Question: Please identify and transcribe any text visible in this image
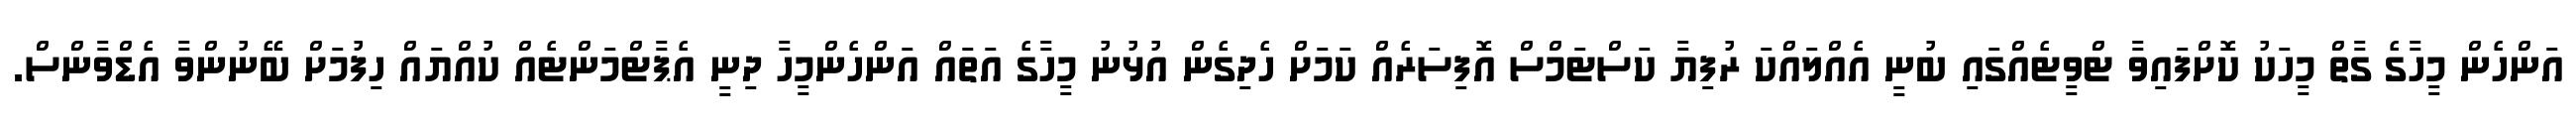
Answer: އަންހެން މީހާގެ ގާތް މީހަކު ކޮށްފައިވާ ޓްވީޓެއްގައި ބުނީ އެއްލައްކަ ރުފިޔާ ކަސްޓަމްސް އޮފިސަރެއް ކަމަށް ހެދިގެން އުޅުނު މީހާގެ އަތައް އަންހެންމީހާ ދިނީ އެޕާޓްމަންޓެއް ކުއްޔައް ހިފުމަށް ބޭނުންވާ އެޑްވާންސް.